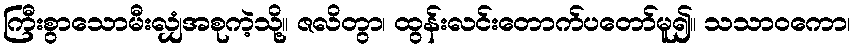
ကြီးစွာသောမီးလျှံအစုကဲ့သို့။ ဇလိတွာ၊ ထွန်းလင်းတောက်ပတော်မူ၍။ သသာဝကော၊